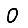
Digit: 0